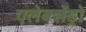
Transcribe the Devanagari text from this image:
एलेक्सेंड्रो